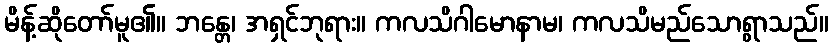
မိန့်ဆိုတော်မူ၏။ ဘန္တေ၊ အရှင်ဘုရား။ ကလသိဂါမောနာမ၊ ကလသိမည်သောရွာသည်။